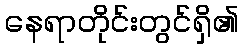
နေရာတိုင်းတွင်ရှိ၏